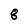
Character: 8